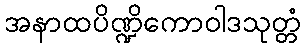
အနာထပိဏ္ဍိကောဝါဒသုတ္တံ